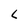
Character: L